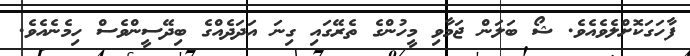
ފާހަގަކޮށްލެވެއެވެ. ޝޯ ބަލަން ޖަމާވި މީހުންގެ ތެރޭގައި ގިނަ އަދަދެއްގެ ބިދޭސީންވެސް ހިމެނެއެވެ.